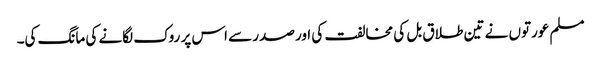
مسلم عورتوں نے تین طلاق بل کی مخالفت کی اور صدر سے اس پر روک لگانے کی مانگ کی۔